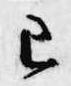
已